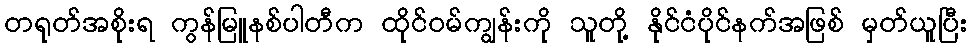
တရုတ်အစိုးရ ကွန်မြူနစ်ပါတီက ထိုင်ဝမ်ကျွန်းကို သူတို့ နိုင်ငံပိုင်နက်အဖြစ် မှတ်ယူပြီး